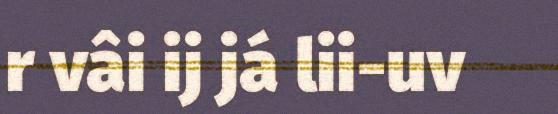
r vâi ij já lii-uv